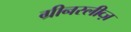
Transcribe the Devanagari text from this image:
ग्रीनस्लीव्ज़